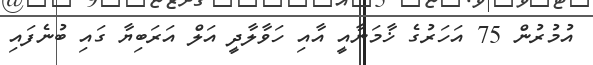
އުމުރުން 75 އަހަރުގެ ޚާމަނާއީ އާއި ހަވާލާދީ އަލް އަރަބިޔާ ގައި ބުނެފައި